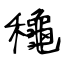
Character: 龝